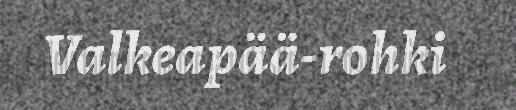
Valkeapää-rohki